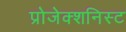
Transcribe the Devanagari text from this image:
प्रोजेक्शनिस्ट